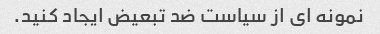
نمونه ای از سیاست ضد تبعیض ایجاد کنید.